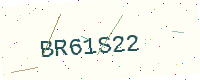
Text: BR61S22